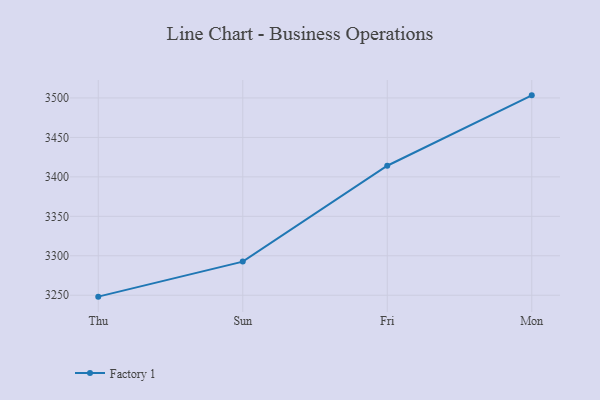
{"axis": {"x": "Day", "y": "Operating Costs (USD K)"}, "legend": ["Factory 1"], "data": [{"x": "Thu", "y": 3248.2, "type": "Factory 1"}, {"x": "Sun", "y": 3292.6, "type": "Factory 1"}, {"x": "Fri", "y": 3414.1, "type": "Factory 1"}, {"x": "Mon", "y": 3503.3, "type": "Factory 1"}]}